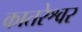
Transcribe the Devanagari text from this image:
कातरेश्वर